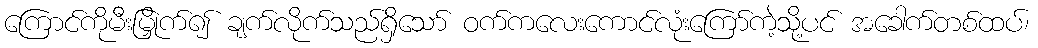
ကြောင်ကိုမီးမြှိုက်၍ ချက်လိုက်သည်ရှိသော် ဝက်ကလေးကောင်လုံးကြော်ကဲ့သို့ပင် အခေါက်တစ်ထပ်၊